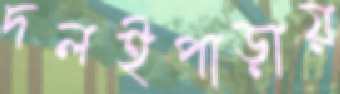
দলইপাড়ায়